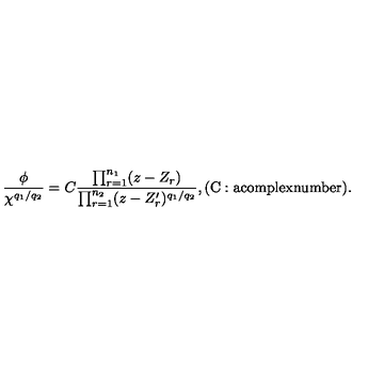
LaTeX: \frac { \phi } { \chi ^ { q _ { 1 } / q _ { 2 } } } = C \frac { \prod _ { r = 1 } ^ { n _ { 1 } } ( z - Z _ { r } ) } { \prod _ { r = 1 } ^ { n _ { 2 } } ( z - Z _ { r } ^ { \prime } ) ^ { q _ { 1 } / q _ { 2 } } } , \mathrm { ( C : a c o m p l e x n u m b e r ) } .